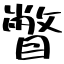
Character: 瞥